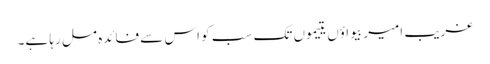
غریب امیر بیواؤں یتیموں تک سب کو اس سے فائدہ مل رہا ہے۔